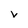
Character: v